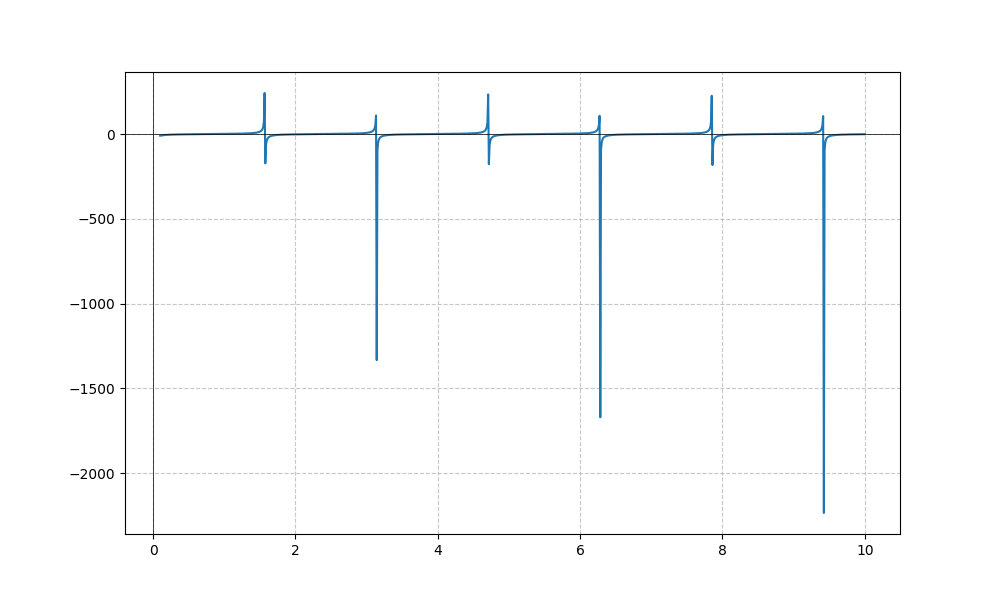
LaTeX formula: \tan{\left(x \right)} - \cot{\left(x \right)}